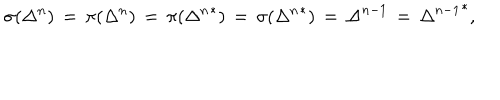
\sigma ( \Delta ^ { n } ) \, = \, \pi ( \Delta ^ { n } ) \, = \, \pi ( { \Delta ^ { n } } ^ { * } ) \, = \, \sigma ( { \Delta ^ { n } } ^ { * } ) \, = \, { \Delta } ^ { n - 1 } \, = \, { { \Delta } ^ { n - 1 } } ^ { * } ,